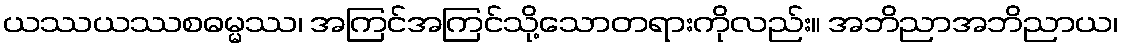
ယဿယဿစဓမ္မဿ၊ အကြင်အကြင်သို့သောတရားကိုလည်း။ အဘိညာအဘိညာယ၊